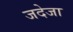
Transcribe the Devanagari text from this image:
जदेजा